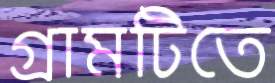
গ্রামটিতে